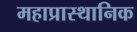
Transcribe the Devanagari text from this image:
महाप्रास्थानिक